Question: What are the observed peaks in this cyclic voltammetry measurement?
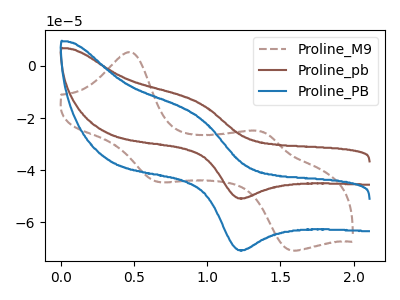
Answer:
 <answer>The brown dashed curve "Proline_M9" has anodic peaks at (0.50V, 5.20uA) (1.40V, -25.35uA) and cathodic peaks at (0.65V, -44.50uA) (1.60V, -70.85uA). The brown curve "Proline_pb" has an anodic peak at (0.95V, -14.10uA) and a cathodic peak at (1.25V, -50.80uA). The blue curve "Proline_PB" has an anodic peak at (0.95V, -19.60uA) and a cathodic peak at (1.25V, -70.70uA).</answer>
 <eval></eval>